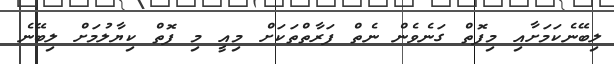
ލިބޭނެކަމަށާއި މިފޮތް ގަނެވެން ނެތް ފަރާތްތަަކަށް މިއީ މި ފޮތް ކިޔާލުމަށް ލިބޭނެ